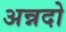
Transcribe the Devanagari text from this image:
अन्नदो